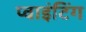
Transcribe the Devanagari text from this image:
प्वाइंटिंग